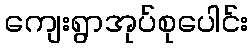
ကျေးရွာအုပ်စုပေါင်း